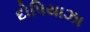
દોપિયાઝા